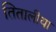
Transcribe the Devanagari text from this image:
तितालीया